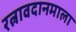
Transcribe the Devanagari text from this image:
रत्नावदानमाला